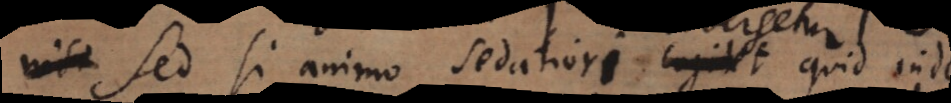
Sed si animo sedatiori cogitet quid inde